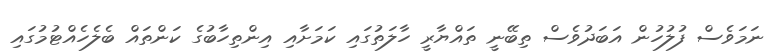
ނަމަވެސް ފުލުހުން އަބަދުވެސް ތިބޭނީ ތައްޔާރީ ހާލަތުގައި ކަމަށާއި އިންތިހާބުގެ ކަންތައް ބެލެހެއްޓުމުގައި